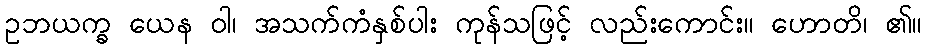
ဥဘယက္ခ ယေန ဝါ၊ အသက်ကံနှစ်ပါး ကုန်သဖြင့် လည်းကောင်း။ ဟောတိ၊ ၏။